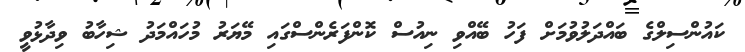
ކައުންސިލްގެ ބައްދަލުވުމަށް ފަހު ބޭއްވި ނިއުސް ކޮންފަރެންސްގައި މޭޔަރު މުހައްމަދު ޝިހާބު ވިދާޅުވީ